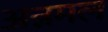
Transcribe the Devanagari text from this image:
अन्नमल